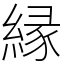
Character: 縁